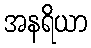
အနရိယာ